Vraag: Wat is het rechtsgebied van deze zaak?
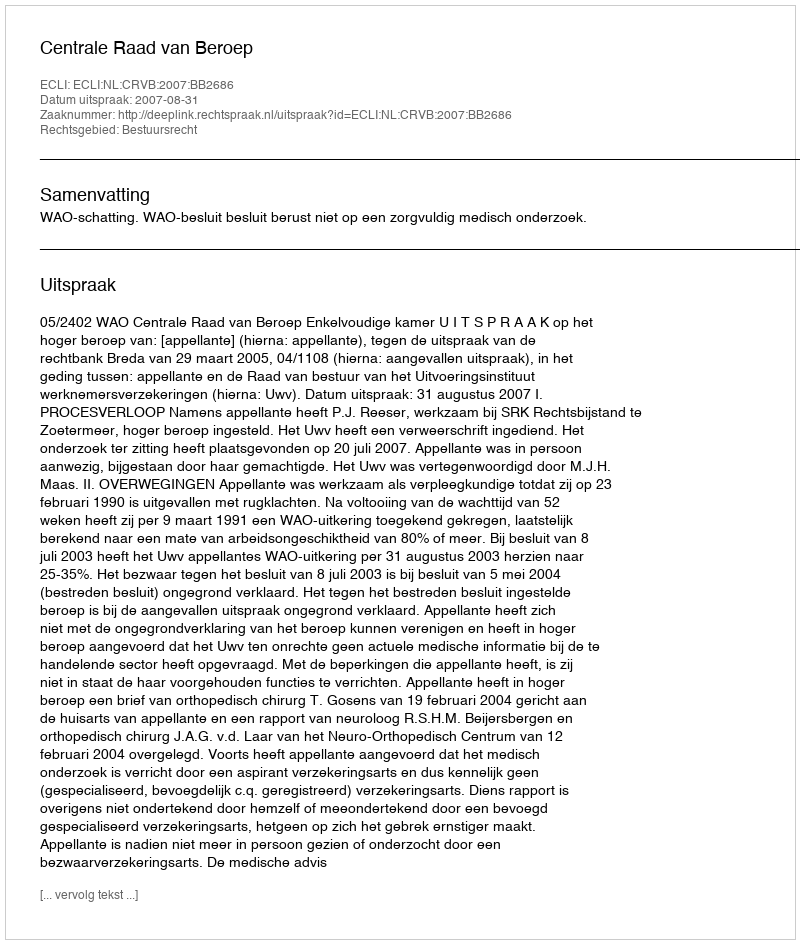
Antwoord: Bestuursrecht